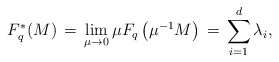
\begin{align*}F_q^*(M)\,=\,\lim_{\mu\to 0}\mu F_q\left(\mu^{-1}M\right)\,=\,\sum_{i=1}^d \lambda_i,\end{align*}